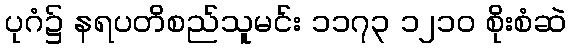
ပုဂံ၌ နရပတိစည်သူမင်း ၁၁၇၃ ၁၂၁၀ စိုးစံဆဲ